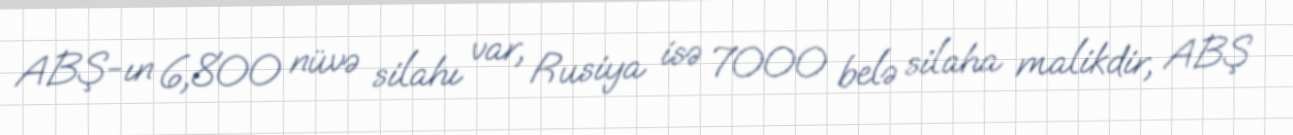
ABŞ-ın 6,800 nüvə silahı var, Rusiya isə 7000 belə silaha malikdir, ABŞ